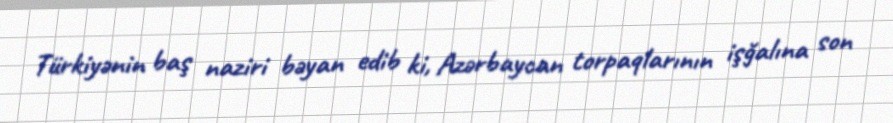
Türkiyənin baş naziri bəyan edib ki, Azərbaycan torpaqlarının işğalına son